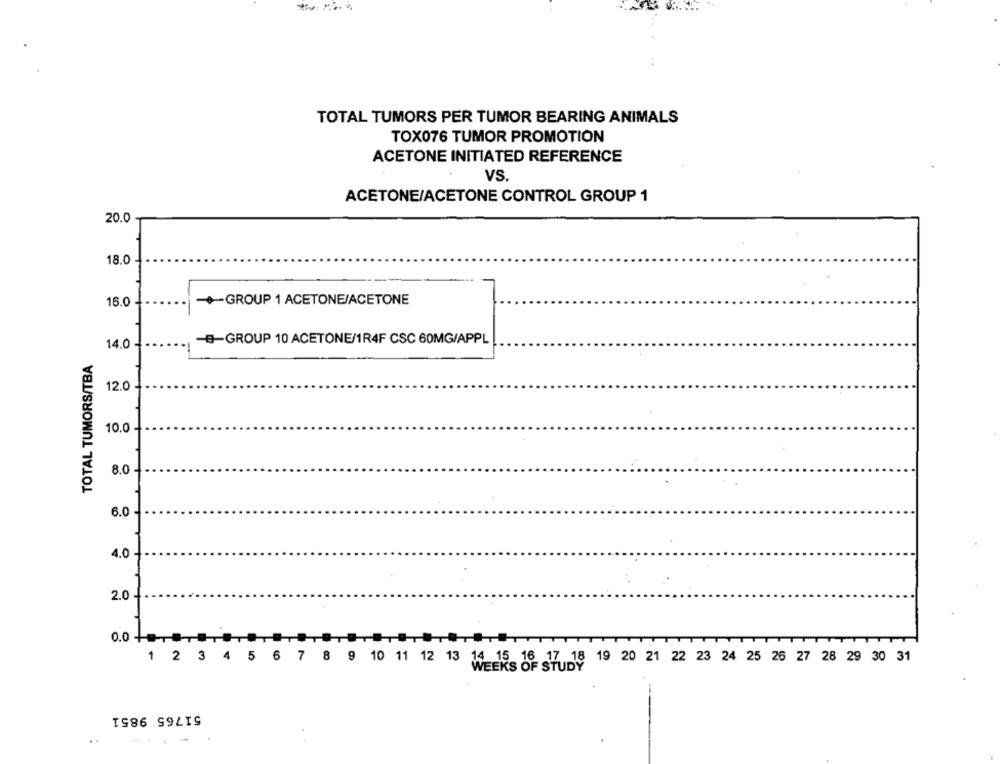
TOTAL TUMORS PER TUMOR BEARING ANIMALS
TOX076 TUMOR PROMOTION
ACETONE INITIATED REFERENCE
VS.
ACETONE/ACETONE CONTROL GROUP 1
20.0
18.0
16.0
GROUP 1 ACETONE/ACETONE
14.0
-B-GROUP 10 ACETONE/1R4F CSC 60MG/APPL
TOTAL TUMORS/TBA
12.0
10.0
8.0
6.0-
4.0
2.0
0.0+ .... 0181
1 2 3 4 5 6 7 8 9 10 11 12 13 14 15 16 17 18 19 20 21 22 23 24 25 26 27 28 29 30 31
WEEKS OF STUDY
51765 9851